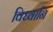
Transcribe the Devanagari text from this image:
विध्वानि